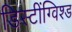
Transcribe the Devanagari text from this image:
डिस्टींग्विश्ड